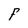
Character: F